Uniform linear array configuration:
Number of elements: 64
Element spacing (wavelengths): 0.5
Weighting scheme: hann
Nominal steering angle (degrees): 30
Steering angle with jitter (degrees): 30.7
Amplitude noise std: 0.05
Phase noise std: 0.05

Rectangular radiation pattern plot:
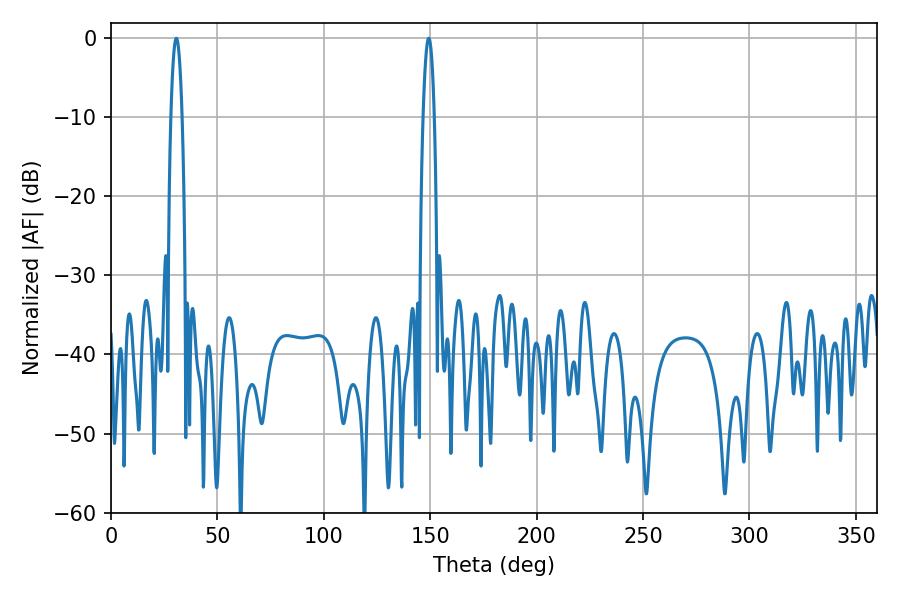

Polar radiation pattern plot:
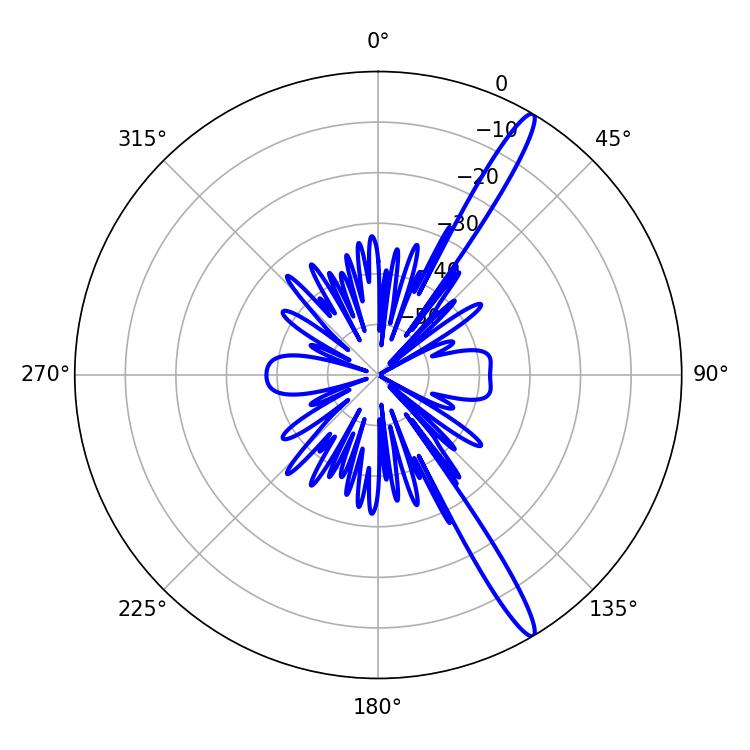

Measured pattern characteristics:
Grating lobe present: FALSE
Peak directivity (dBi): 15.489
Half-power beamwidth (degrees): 2.88
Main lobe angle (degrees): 30.78